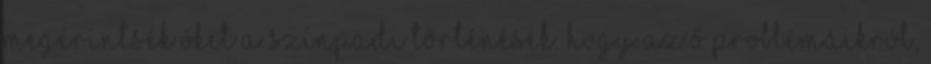
megérintsék őket a színpadi történések. Hogy az ő problémáikról,